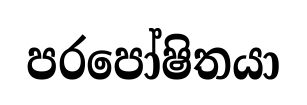
පරපෝෂිතයා